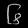
Digit: ၆